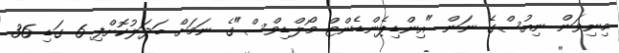
މިނިވަން ނިއުސްގެ ނަން "އިންޑިޕެންޑެންޓް މޯލްޑިވްސް"ގެ ނަމަށް ބަދަލުކޮށްފި 6 ގަޑި 36